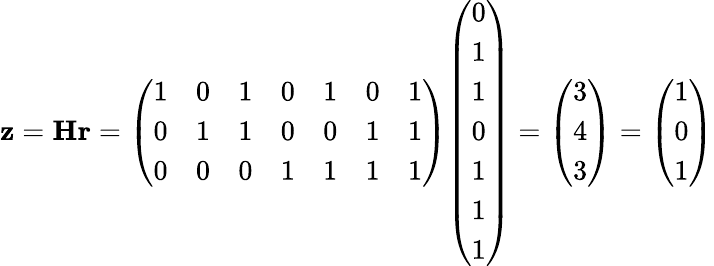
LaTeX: \mathbf{z}=\mathbf{Hr}={\left(\begin{array}{lllllll}{1}&{0}&{1}&{0}&{1}&{0}&{1}\\ {0}&{1}&{1}&{0}&{0}&{1}&{1}\\ {0}&{0}&{0}&{1}&{1}&{1}&{1}\end{array}\right)}{\left(\begin{array}{l}{0}\\ {1}\\ {1}\\ {0}\\ {1}\\ {1}\\ {1}\end{array}\right)}={\left(\begin{array}{l}{3}\\ {4}\\ {3}\end{array}\right)}={\left(\begin{array}{l}{1}\\ {0}\\ {1}\end{array}\right)}